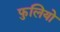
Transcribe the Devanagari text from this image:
फुलियो